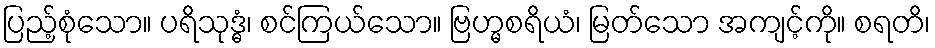
ပြည့်စုံသော။ ပရိသုဒ္ဓံ၊ စင်ကြယ်သော။ ဗြဟ္မစရိယံ၊ မြတ်သော အကျင့်ကို။ စရတိ၊